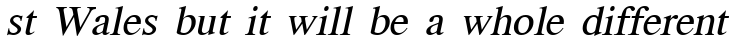
st Wales but it will be a whole different